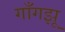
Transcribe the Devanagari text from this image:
गाँगझू